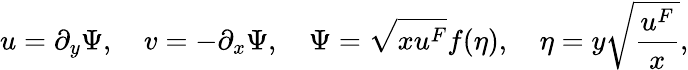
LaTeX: u=\partial_{y}\Psi,\quad v=-\partial_{x}\Psi,\quad\Psi=\sqrt{xu^{F}}f(\eta),\quad\eta=y\sqrt{\frac{u^{F}}{x}},